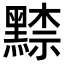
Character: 𪑨